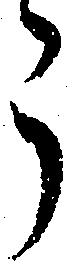
う